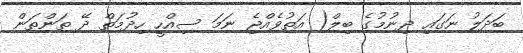
ބަދަލު ނަގައި ދިނުމުގެ ބިލް( އަތުވެއްޖެ ނަމަ ސިއްހީ ހިދުމަތް ދޭ ތަންތަން